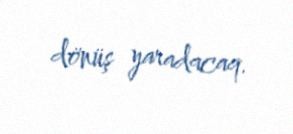
dönüş yaradacaq.